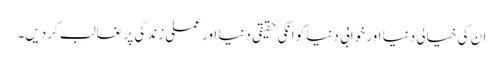
ان کی خیالی دنیا اور خوابی دنیا کو انکی حقیقی دنیا اور عملی زندگی پر غالب کردیں۔